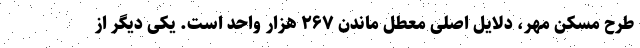
طرح مسکن مهر، دلایل اصلی معطل ماندن ۲۶۷ هزار واحد است. یکی دیگر از